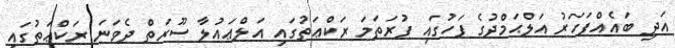
އަދި ބައެއްފަހަރު އަލްޙަމްދުގެ ފަހުގައި ފުރަތަމަ ރަކްޢަތުގައި އަލްޢައުލާ ސޫރަތް ދެވަނަ ރަކްޢަތުގައި